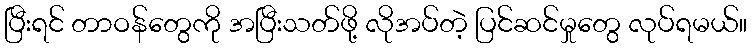
ပြီးရင် တာဝန်တွေကို အပြီးသတ်ဖို့ လိုအပ်တဲ့ ပြင်ဆင်မှုတွေ လုပ်ရမယ်။